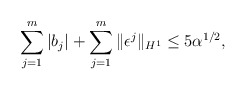
\begin{align*}\sum_{j=1}^{m} |b_{j}|+\sum_{j=1}^{m}\|\epsilon^{j}\|_{H^{1}}\leq 5\alpha^{1/2},\end{align*}